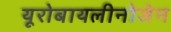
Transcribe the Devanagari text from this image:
यूरोबायलीनोजेन